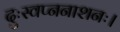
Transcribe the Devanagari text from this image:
दुःस्वप्ननाशनः।